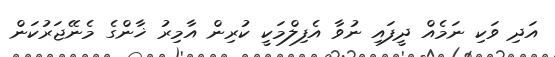
އަދި ވަކި ނަމެއް ދީފައި ނުވާ އެފިލްމަކީ ކުރިން އާމިރު ޚާންގެ މެނޭޖަރުކަން